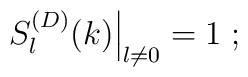
\left.S^{(D)}_{l}(k)\right|_{l \neq 0}=1\;  ;